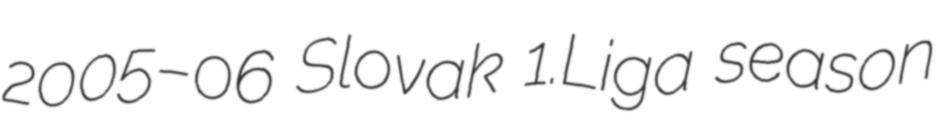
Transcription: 2005–06 Slovak 1.Liga season